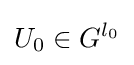
U_{0}\in G^{l_{0}}